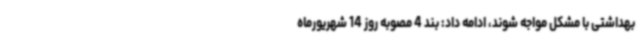
بهداشتی با مشکل مواجه شوند، ادامه داد: بند 4 مصوبه روز 14 شهریورماه